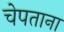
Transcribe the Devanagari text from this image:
चेपताना